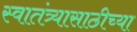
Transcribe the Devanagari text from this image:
स्वातंत्र्यासाठीच्या